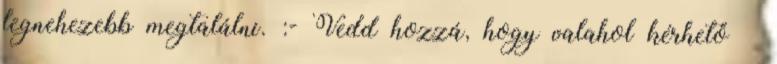
legnehezebb megtalálni. :- Vedd hozzá, hogy valahol kérhető